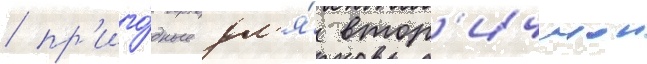
/ пр'иго́дные дл'я́ втор'ичнои